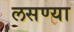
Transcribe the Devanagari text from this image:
लसण्या